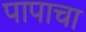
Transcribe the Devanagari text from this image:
पापाचा